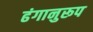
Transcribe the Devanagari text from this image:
ढंगानुरूप